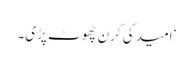
‘ امید کی کرن پھوٹ پڑی۔